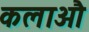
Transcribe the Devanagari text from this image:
कलाऔ